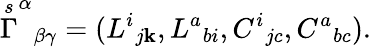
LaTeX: \stackrel{s}{\Gamma}^{\alpha}{}_{\beta\gamma}=(L^{i}{}_{j\mathbf{k}},L^{a}{}_{bi},C^{i}{}_{jc},C^{a}{}_{bc}).